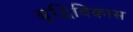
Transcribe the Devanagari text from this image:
बुद्धिविकास